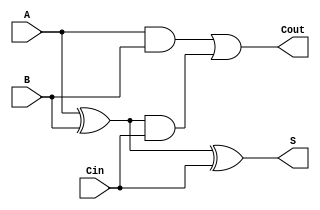
module dynamic_full_adder (
    input wire A,    // First input bit
    input wire B,    // Second input bit
    input wire Cin,  // Carry-in bit
    output wire S,   // Sum output
    output wire Cout // Carry-out output
);

    // Intermediate signals
    wire A_xor_B;    // A  B
    wire A_and_B;    // A  B
    wire A_xor_B_and_Cin; // (A  B)  Cin

    // Logical operations
    assign A_xor_B = A ^ B; // XOR operation for A and B
    assign S = A_xor_B ^ Cin; // Final sum calculation: S = A  B  Cin

    assign A_and_B = A & B; // AND operation for A and B
    assign A_xor_B_and_Cin = A_xor_B & Cin; // (A  B)  Cin

    // Carry-out calculation
    assign Cout = A_and_B | A_xor_B_and_Cin; // Cout = (A  B) + (Cin  (A  B))

endmodule